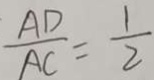
\frac { A D } { A C } = \frac { 1 } { 2 }